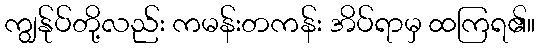
ကျွန်ုပ်တို့လည်း ကမန်းတကန်း အိပ်ရာမှ ထကြရ၏။